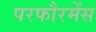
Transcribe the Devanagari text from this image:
परफौरमेंस